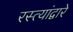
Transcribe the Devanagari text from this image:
रस्त्यांद्वारे